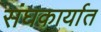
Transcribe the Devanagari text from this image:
संघकार्यात